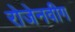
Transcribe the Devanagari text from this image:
रोजेनवीग